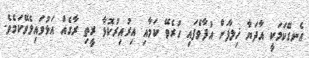
އެނގޭކަމަކީ އާދަޔާ ޚިލާފަށް އުފާވެފައި ހުރެވޭ ކަމާއި އިރުއިރުކޮޅާ ރީތި ރާގެއް އަޅުވައިލެވޭކަމެވެ.